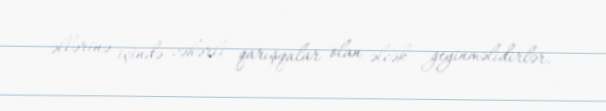
əllərinə içində zəhərli qarışqalar olan əlcək geyinməlidirlər.